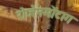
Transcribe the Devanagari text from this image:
रोजेनमोंटाग